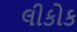
લીકોક